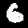
Digit: 6